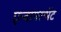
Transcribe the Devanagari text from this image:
एन्वायरन्मेंट